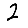
Digit: 2